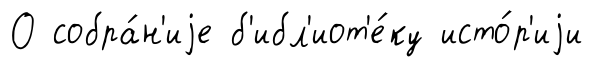
О собра́н'иjе б'ибл'иот'е́ку исто́р'иjи